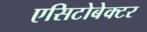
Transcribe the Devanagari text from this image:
एसिटोबेक्टर